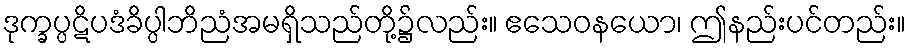
ဒုက္ခပ္ပဋိပဒံခိပ္ပါဘိညံအမရှိသည်တို့၌လည်း။ ဧသေဝနယော၊ ဤနည်းပင်တည်း။